Vaccination in the Punjab 1897-1904 - 1897-1904
Year: 1897
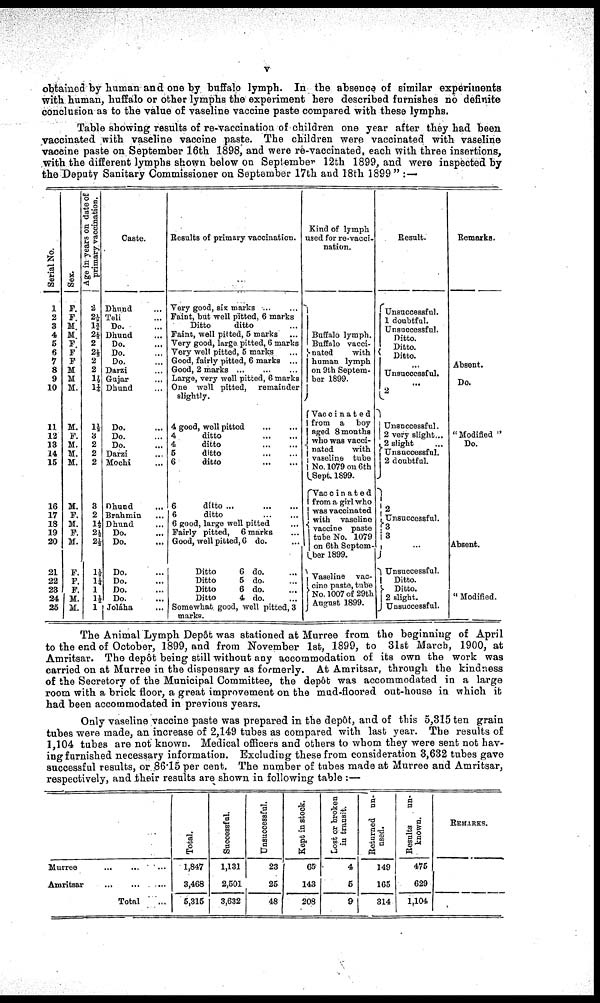
V
obtained by human and one by buffalo lymph. In the absence of similar experiments
with human, buffalo or other lymphs the experiment here described furnishes no definite
conclusion as to the value of vaseline vaccine paste compared with these lymphs.
Table showing results of re-vaccination of children one year after they had been
vaccinated with vaseline vaccine paste. The children were vaccinated with vaseline
vaccine paste on September 16th 1898, and were re-vaccinated, each with three insertions,
with the different lymphs shown below on September 12th 1899, and were inspected by
the Deputy Sanitary Commissioner on September 17th and 18th 1899" : —
Serial No.
1
2
3
4
5
6
7
8
9
10
11
12
13
14
15
16
17
18
19
20
21
22
23
24
25
Sex.
F.
F.
M.
M.
F.
F.
F.
M.
M.
M.
M.
F.
M.
M.
M.
M.
F.
M.
F.
M.
F.
F.
F.
M.
M.
Age in years on date of
primary vaccination.
2
2½
1¼
2½
2
2½
2
2
1½
1¼
1½
3
2
2
2
3
2
1½
2½
1½
1¼
1
1½
1
Caste.
Dhund ...
Teli ...
Do. ...
Dhuad ...
Do. ...
Do. ...
Do. ...
Darzi ...
Gujar ...
Dhund ...
Do. ...
Do. ...
Do. ...
Darzi ...
Mochi ...
Dhund ...
Brahmin ...
Dhund ...
Do. ...
Do. ...
Do. ...
Do. ...
Do. ...
Do. ...
Joláha ...
Results of primary vaccination.
Very good, six marks ... ...
Faint, but well pitted, 6 marks ...
Ditto
ditto ...
Faint, well pitted, 5 marks
Very good, large pitted, 6 marks
Very well pitted, 5 marks ...
Good, fairly pitted, 6 marks ...
Good, 2 marks ...
Large, very well pitted, 6 marks
One well pitted,
remainder
slightly.
4 good, welt pitted
...
4
ditto
...
...
4
ditto
...
...
5
ditto
...
...
6
ditto
...
...
6
ditto ...
...
6
ditto
...
...
6 Rood, large well pitted ...
Fairly pitted, 6 marks ...
Good, well pitted, 6 do. ...
Ditto
6 do.
Ditto
5 do.
Ditto
6 do.
Ditto
4 do.
Somewhat good, well pitted,3
marks.
Kind of lymph
used for re-vacci-
nation.
Buffalo lymph.
Buffalo vacci¬
nated
with
human lymph
on 9th Septem-
ber 1899.
Vaccinated
from a boy
aged 8 months
who was vacc¬
nated
with
vaseline tube
No.1079 on 6th
Sept. 1899.
Vaccinated
from a girl who
was vaccinated
with vaseline
vaccine paste
tube No. 1079
on 6th Septem-
ber 1899.
Vaseline vac¬
cine paste, tube
No. 1007 of 29th
August 1899.
Result.
Unsuccessful
1 doubtful.
Unsuccessful.
Ditto
Ditto
Ditto
...
Unsuccessful
...
2
Unsuccessful.
2 very slight...
2 slight
Unsuccessful.
2 doubtful.
2
Unsuccessful.
3
3
...
Unsuccessful.
Ditto.
Ditto.
2 slight.
Unsuccessful.
Remarks.
Absent.
Do
" Modified "
Do.
Absent.
" Modified.
The Animal Lymph Depôt was stationed at Murree from the beginning of April
to the end of October, 1899, and from November 1st, 1899, to 31st March, 1900, at
Amritsar. The depôt being still without any accommodation of its own the work was
carried on at Murree in the dispensary as formerly. At Amritsar, through the kindness
of the Secretory of the Municipal Committee, the depôt was accommodated in a large
room with a brick floor, a great improvement on the mud-floored out-house in which it
had been accommodated in previous years.
Only vaseline vaccine paste was prepared in the depôt, and of this 5,315 ten grain
tubes were made, an increase of 2,149 tubes as compared with last year. The results of
1,104 tubes are not known. Medical officers and others to whom they were sent not hav-
ing furnished necessary information. Excluding these from consideration 3,632 tubes gave
successful results, or 86.15 per cent. The number of tubes made at Murree and Amritsar,
respectively, and their results are shown in following table : —
Murree ... ... ...
Amritsar ... ... ...
Total ...
Total.
1,847
3,468
5,316
Successful.
1,131
2,501
3,632
Unsuccessful.
23
25
48
Kept in stook.
65
143
208
Lost or broken
in transit.
4
6
9
Returnd un-
used.
149
105
314
Results
un-
known.
475
629
1,104
REMARKS.